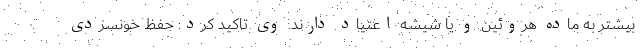
بیشتر به ماده هروئین و یا شیشه اعتیاد دارند. وی تاکید کرد: حفظ خونسردی